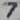
Text: 7